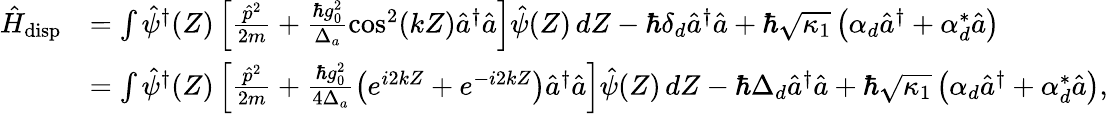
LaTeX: \begin{array}{rl}{\hat{H}_{\mathrm{disp}}}&{=\int\hat{\psi}^{\dagger}(Z)\left[\frac{\hat{p}^{2}}{2m}+\frac{\hbar g_{0}^{2}}{\Delta_{a}}\cos^{2}(kZ)\hat{a}^{\dagger}\hat{a}\right]\hat{\psi}(Z)\, dZ-\hbar\delta_{d}\hat{a}^{\dagger}\hat{a}+\hbar\sqrt{\kappa_{1}}\left(\alpha_{d}\hat{a}^{\dagger}+\alpha_{d}^{*}\hat{a}\right)}\\ &{=\int\hat{\psi}^{\dagger}(Z)\left[\frac{\hat{p}^{2}}{2m}+\frac{\hbar g_{0}^{2}}{4\Delta_{a}}\left(e^{i2kZ}+e^{-i2kZ}\right)\hat{a}^{\dagger}\hat{a}\right]\hat{\psi}(Z)\, dZ-\hbar\Delta_{d}\hat{a}^{\dagger}\hat{a}+\hbar\sqrt{\kappa_{1}}\left(\alpha_{d}\hat{a}^{\dagger}+\alpha_{d}^{*}\hat{a}\right),}\end{array}